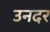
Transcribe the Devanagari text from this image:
उनदर